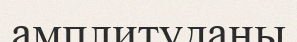
амплитуданы